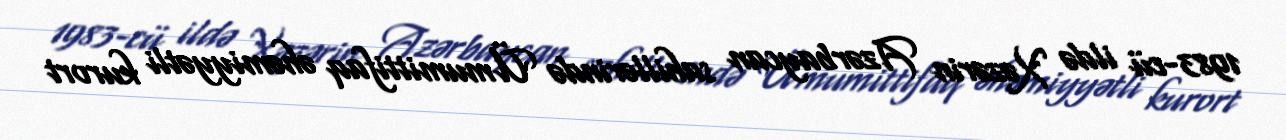
1983-cü ildə Xəzərin Azərbaycan sahillərində Ümumittifaq əhəmiyyətli kurort